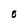
Character: O